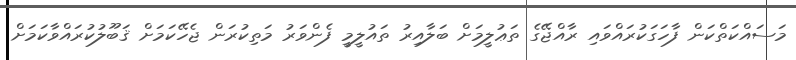
މަސައްކަތްކަން ފާހަގަކުރައްވައި ރާއްޖޭގެ ތަޢުލީމަށް ބަލާއިރު ތައުލީމީ ފެންވަރު މަތިކުރަން ޖެހޭކަމަށް ޤަބޫލުކުރައްވާކަމަށް